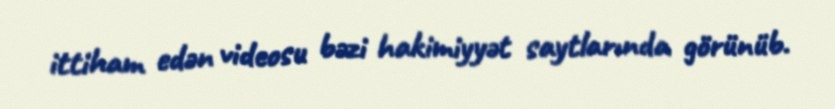
ittiham edən videosu bəzi hakimiyyət saytlarında görünüb.